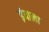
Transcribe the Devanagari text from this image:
इंपाला